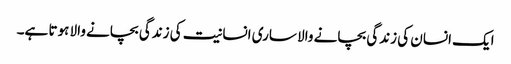
ایک انسان کی زندگی بچانے والا ساری انسانیت کی زندگی بچانے والا ہوتا ہے۔